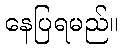
နေပြရမည်။